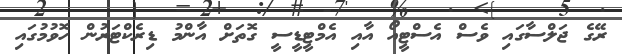
ރޭގެ ޖަލްސާގައި ވެސް އެސްޓީއޯ އާއި އެމްޓީޑީސީ ގޮތަށް އާންމު ޑިރެކްޓަރުން ހޮވުމުގައި